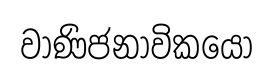
වාණිජනාවිකයෝ